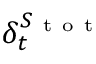
\delta _ { t } ^ { S _ { \mathrm { ~ t ~ o ~ t ~ } } }